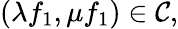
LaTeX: (\lambda f_{1},\mu f_{1})\in{\cal C},